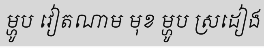
ម្ហូប វៀតណាម មុខ ម្ហូប ស្រដៀង